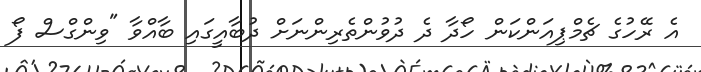
އެ ރޭހުގެ ޗެމްޕިއަންކަން ހޯދާ ދެ ދުވުންތެރިންނަށް ދުބާއީގައި ބާއްވާ "ވިންގްސް ފޯ